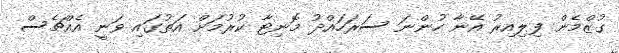
ގުޒްމެން ފިލިއިރު އޭނާ ހުންނަ ސަރަހައްދު މޮނިޓާ ކުރުމަށް އަތުގައި ވަނީ އެއްޗެސް